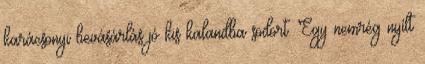
karácsonyi bevásárlás jó kis kalandba sodort. Egy nemrég nyílt